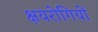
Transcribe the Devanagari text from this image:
क्षयरोगियों